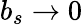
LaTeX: b_{s}\rightarrow 0